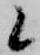
候